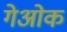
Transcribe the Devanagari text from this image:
गेओक